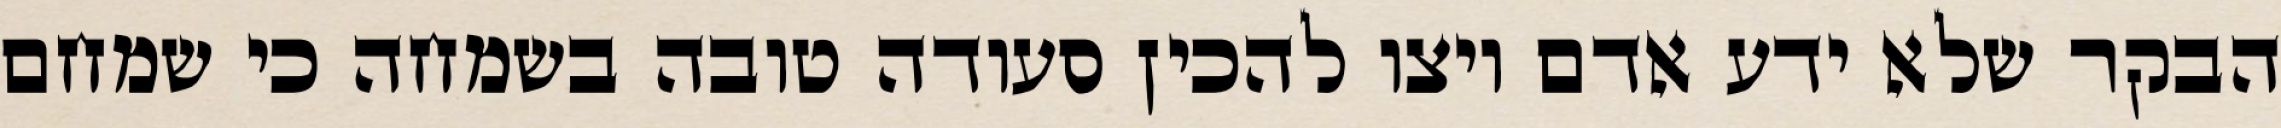
הבקר שלא ידע אדם ויצו להכין סעודה טובה בשמחה כי שמחם